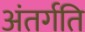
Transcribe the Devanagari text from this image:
अंतर्गति